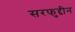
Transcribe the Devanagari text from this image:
सरफुद्दीन